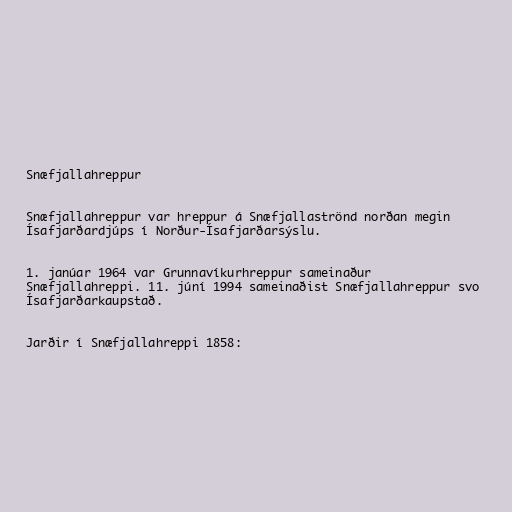
Snæfjallahreppur

Snæfjallahreppur var hreppur á Snæfjallaströnd norðan megin
Ísafjarðardjúps í Norður-Ísafjarðarsýslu.

1. janúar 1964 var Grunnavíkurhreppur sameinaður
Snæfjallahreppi. 11. júní 1994 sameinaðist Snæfjallahreppur svo
Ísafjarðarkaupstað.

Jarðir í Snæfjallahreppi 1858: